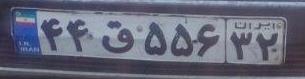
۴۴ق۵۵۶۳۲